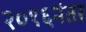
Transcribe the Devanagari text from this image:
२०१६नंतर